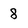
Character: 8